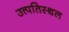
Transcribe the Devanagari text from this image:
उत्त्पतिस्थल